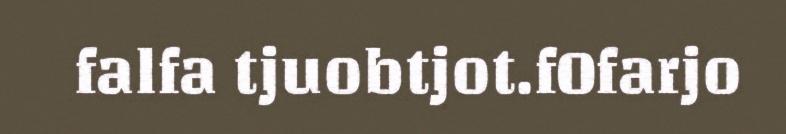
falfa tjuobtjot.fOfarjo